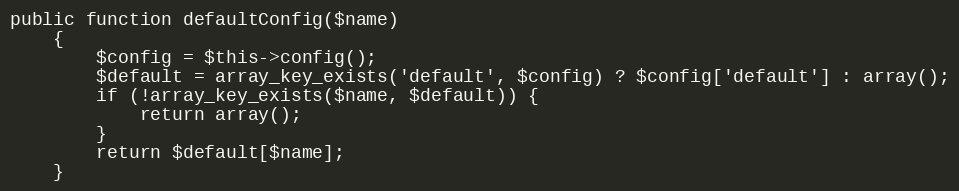
Language: PHP
public function defaultConfig($name)
    {
        $config = $this->config();
        $default = array_key_exists('default', $config) ? $config['default'] : array();
        if (!array_key_exists($name, $default)) {
            return array();
        }
        return $default[$name];
    }